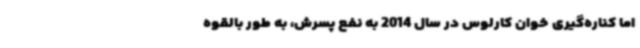
اما کناره‌گیری خوان کارلوس در سال 2014 به نفع پسرش، به طور بالقوه